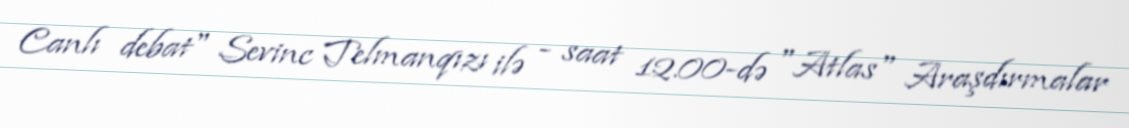
Canlı debat" Sevinc Telmanqızı ilə - saat 12.00-də "Atlas" Araşdırmalar